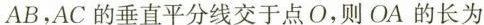
AB，AC的垂直平分线交于点O，则OA的长为